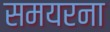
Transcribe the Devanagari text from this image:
समयरना